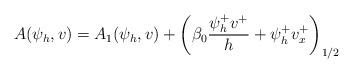
LaTeX: \begin{align*}A(\psi_h, v ) & = A_1(\psi_h, v)+ \left(\beta_0 \frac{\psi_h^+v^+}{h} +\psi_h^+v^+_x\right)_{1/2}\end{align*}